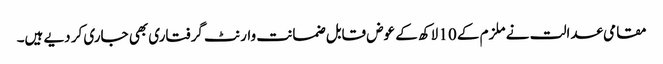
مقامی عدالت نے ملزم کے 10 لاکھ کے عوض قابل ضمانت وارنٹ گرفتاری بھی جاری کر دیے ہیں۔